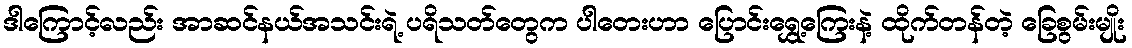
ဒါကြောင့်လည်း အာဆင်နယ်အသင်းရဲ့ ပရိသတ်တွေက ပါတေးဟာ ပြောင်းရွှေ့ကြေးနဲ့ ထိုက်တန်တဲ့ ခြေစွမ်းမျိုး